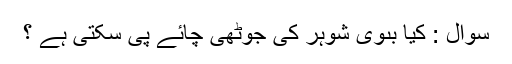
سُوال : کیا بىوى شوہر کی جُوٹھی چائے پى سکتى ہے ؟